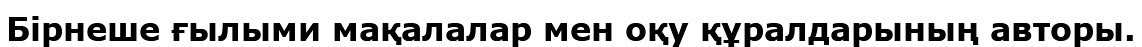
Бірнеше ғылыми мақалалар мен оқу құралдарының авторы.